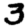
Digit: 3